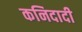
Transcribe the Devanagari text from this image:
कनिदादी